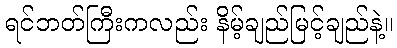
ရင်ဘတ်ကြီးကလည်း နိမ့်ချည်မြင့်ချည်နဲ့။